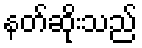
နတ်ဆိုးသည်